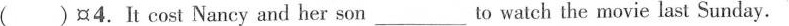
( ) 4.It cost Nancy and her son ____to watch the movie last Sunday.